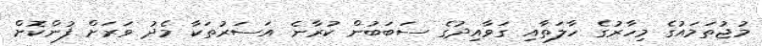
މުޖުތަމައުގެ މިހާރުގެ ހާލަތާއި ގަވާއިދުގެ ސަބަބުން ކުރާނެ އަސަރުތަކާ މެދު ވަރަށް ފުންކޮށް